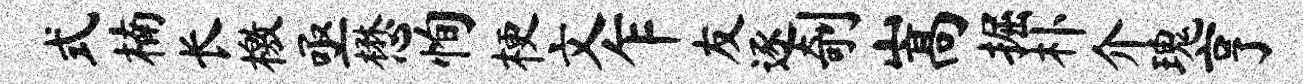
式楠长檄亟懋恂梗文乍友逐剞嵩掘朴介瑰亨